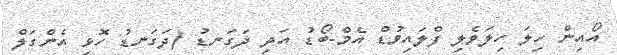
އޯއިން ހިލަ ހިލަވެލި ފްލައިވުޑް އެމް-ބޯޑު އަދި ދަގަނޑު (ދަގަނޑު ހޮޅި އެންގަލް